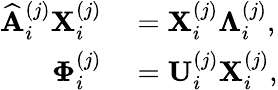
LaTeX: \begin{array}{rl}{\widehat{\mathbf{A}}_{i}^{(j)}\mathbf{X}_{i}^{(j)}}&{{}=\mathbf{X}_{i}^{(j)}\mathbf{\Lambda}_{i}^{(j)},}\\ {\mathbf{\Phi}_{i}^{(j)}}&{{}=\mathbf{U}_{i}^{(j)}\mathbf{X}_{i}^{(j)},}\end{array}